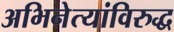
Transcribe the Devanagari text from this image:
अभिनेत्यांविरुद्ध